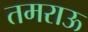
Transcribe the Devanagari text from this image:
तमराऊ